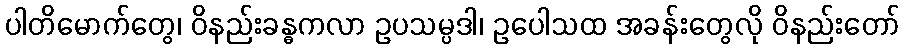
ပါတိမောက်တွေ၊ ဝိနည်းခန္ဓကလာ ဥပသမ္ပဒါ၊ ဥပေါသထ အခန်းတွေလို ဝိနည်းတော်